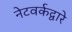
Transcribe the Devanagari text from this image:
नेटवर्कद्वारे